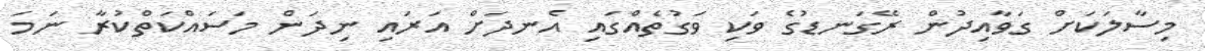
މިސާލަކަށް ގަވާއިދުން ރޭގަނޑުގެ ވަކި ވަގުތެއްގައި އެނދަށް އަރައި ނިދަން މަސައްކަތްކުރާ ނަމަ